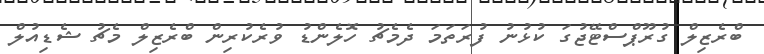
ބްރެޒިލް ގުރޫޕްސްޓޭޖުގަ ކުޅުނު ފުރަތަމަ ދެމެޗު ހޮލެންޑު ވުރެކުރިން ބްރެޒިލް މެޗު ޝެޑިއުލް